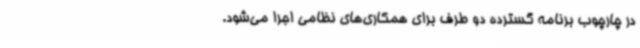
در چارچوب برنامه گسترده دو طرف برای همکاری‌های نظامی اجرا می‌شود.